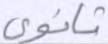
ثانوي